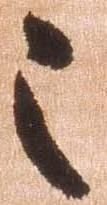
之